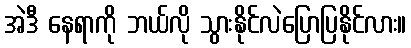
အဲဒီ နေရာကို ဘယ်လို သွားနိုင်လဲပြောပြနိုင်လား။